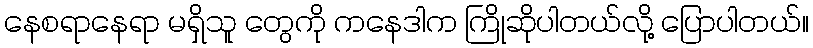
နေစရာနေရာ မရှိသူ တွေကို ကနေဒါက ကြိုဆိုပါတယ်လို့ ပြောပါတယ်။